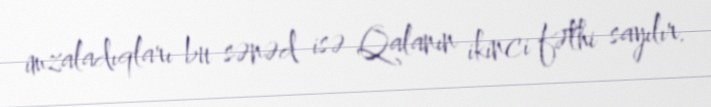
imzaladıqları bu sənəd isə Qalanın ikinci fəthi sayılır.